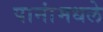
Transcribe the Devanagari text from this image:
पानांमधले